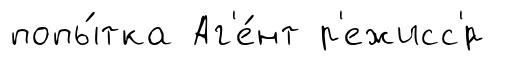
попы́тка Аг'е́нт р'ежисс'́р